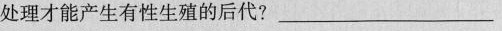
处理才能产生有性生殖的后代?___。